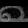
Digit: ၈